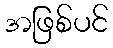
အဖြစ်ပင်